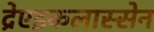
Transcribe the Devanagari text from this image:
द्रेएइकलास्सेन